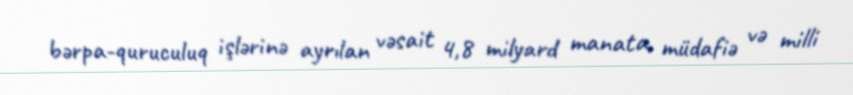
bərpa-quruculuq işlərinə ayrılan vəsait 4,8 milyard manata, müdafiə və milli